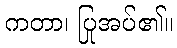
ကတာ၊ ပြုအပ်၏။